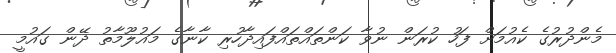
މެންދުރުގެ ކެއުމަށް ފަހު ކުރަން ނުވާ ކަންތައްތައްފައިދާހުރި ކާނާގެ މައުލޫމާތު ދޭން ގައުމީ